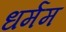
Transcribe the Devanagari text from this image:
धर्मम